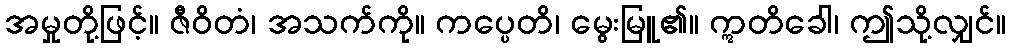
အမှုတို့ဖြင့်။ ဇီဝိတံ၊ အသက်ကို။ ကပ္ပေတိ၊ မွေးမြူ၏။ ဣတိခေါ၊ ဤသို့လျှင်။